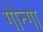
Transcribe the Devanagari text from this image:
गोन्गा